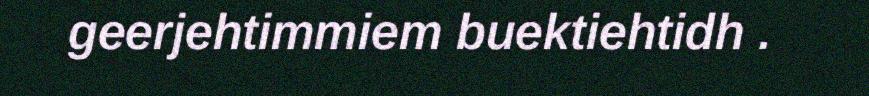
geerjehtimmiem buektiehtidh .